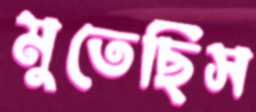
মুতেছিস